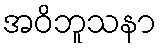
အဝိဘူသနာ